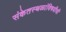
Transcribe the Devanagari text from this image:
संकेतस्थळांविषयीची